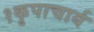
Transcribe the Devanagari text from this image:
१कृपाचार्य